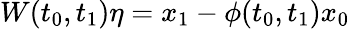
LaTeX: W(t_{0},t_{1})\eta=x_{1}-\phi(t_{0},t_{1})x_{0}